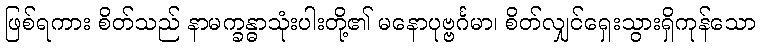
ဖြစ်ရကား စိတ်သည် နာမက္ခန္ဓာသုံးပါးတို့၏ မနောပုဗ္ဗင်္ဂမာ၊ စိတ်လျှင်ရှေးသွားရှိကုန်သော